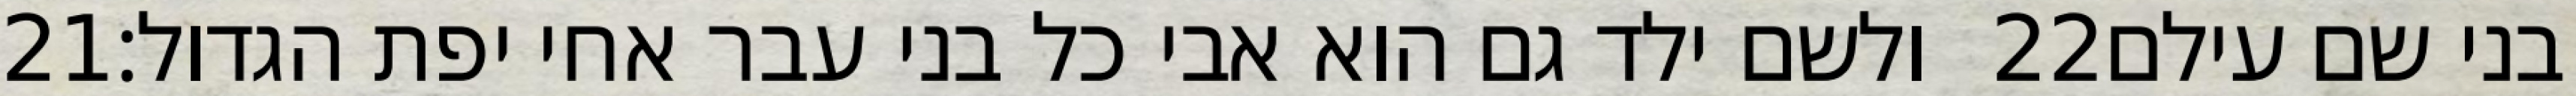
‎21‏ ולשם ילד גם הוא אבי כל בני עבר אחי יפת הגדול׃ ‎22‏ בני שם עילם